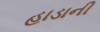
હાડાની